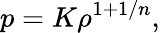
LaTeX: p=K\rho^{1+1/n},